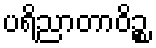
ပရိညာတာဝိဉ္စ